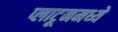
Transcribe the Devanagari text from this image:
प्लाटूनमध्ये